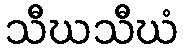
သီဃသီဃံ